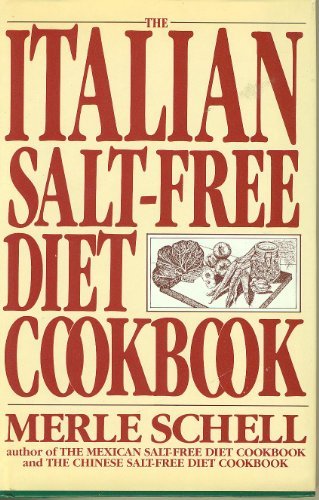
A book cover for Italian Salt Free Diet; Merle Schell; Cookbooks, Food & Wine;